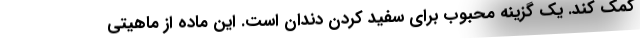
کمک کند. یک گزینه محبوب برای سفید کردن دندان است. این ماده از ماهیتی